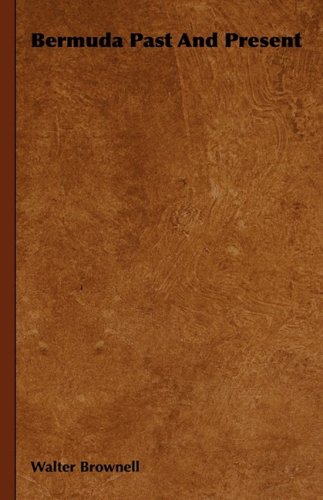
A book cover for Bermuda Past and Present; Walter Brownell; Travel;